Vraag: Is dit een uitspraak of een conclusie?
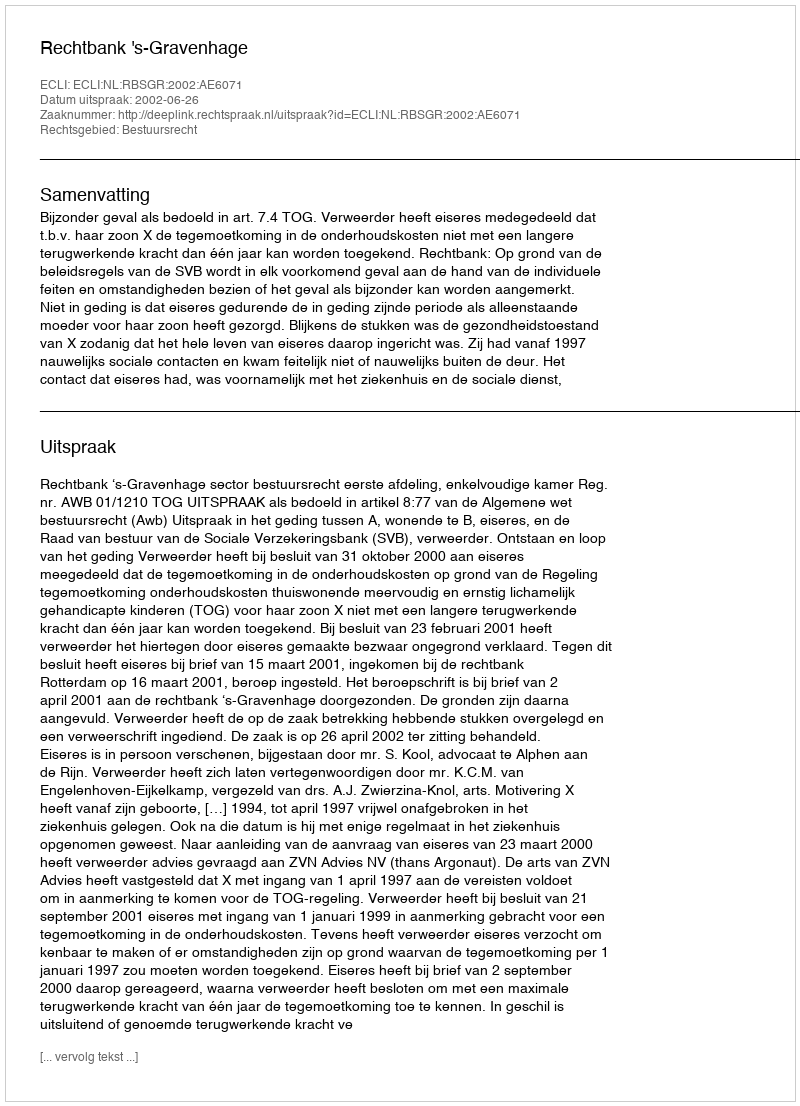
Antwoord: Uitspraak